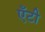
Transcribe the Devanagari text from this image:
एँटी